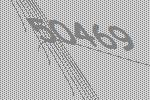
50469